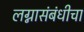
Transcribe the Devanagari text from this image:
लग्नासंबंधीचा